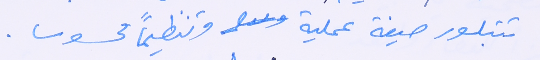
تتبلور صيغة عملية وتنظيماً محسوسا.